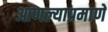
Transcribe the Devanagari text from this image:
आणल्याप्रमाणे